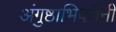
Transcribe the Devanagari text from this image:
अंगुष्ठाभिवतैनी